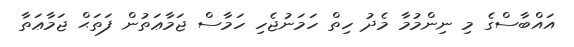
އައްބާސްގެ މި ނިންމުމާ މެދު ހިތް ހަމަނުޖެހި ހަމާސް ޖަމާޢަތުން ފަތަޙް ޖަމާޢަތާ